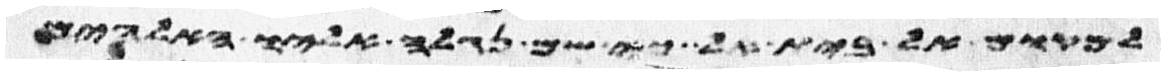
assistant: למקום אל בית אל כי שם נגלה אליו האלהים